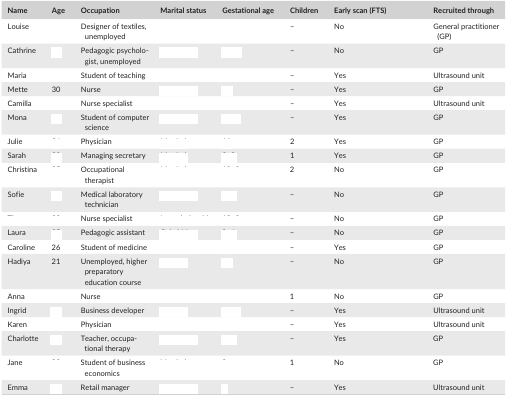
<table><thead><tr><td><b>Name</b></td><td><b>Age</b></td><td><b>Occupation</b></td><td><b>Marital status</b></td><td><b>Gestational age</b></td><td><b>Children</b></td><td><b>Early scan (FTS)</b></td><td><b>Recruited through</b></td></tr></thead><tbody><tr><td>Louise</td><td>[EMPTY_CELL]</td><td>Designer of textiles, unemployed</td><td>[EMPTY_CELL]</td><td>[EMPTY_CELL]</td><td>–</td><td>No</td><td>General practitioner (GP)</td></tr><tr><td>Cathrine</td><td>[EMPTY_CELL]</td><td>Pedagogic psychologist, unemployed</td><td>[EMPTY_CELL]</td><td>[EMPTY_CELL]</td><td>–</td><td>No</td><td>GP</td></tr><tr><td>Maria</td><td>[EMPTY_CELL]</td><td>Student of teaching</td><td>[EMPTY_CELL]</td><td>[EMPTY_CELL]</td><td>–</td><td>Yes</td><td>Ultrasound unit</td></tr><tr><td>Mette</td><td>30</td><td>Nurse</td><td>[EMPTY_CELL]</td><td>[EMPTY_CELL]</td><td>–</td><td>Yes</td><td>GP</td></tr><tr><td>Camilla</td><td>[EMPTY_CELL]</td><td>Nurse specialist</td><td>[EMPTY_CELL]</td><td>[EMPTY_CELL]</td><td>–</td><td>Yes</td><td>Ultrasound unit</td></tr><tr><td>Mona</td><td>[EMPTY_CELL]</td><td>Student of computer science</td><td>[EMPTY_CELL]</td><td>[EMPTY_CELL]</td><td>–</td><td>Yes</td><td>GP</td></tr><tr><td>Julie</td><td>[EMPTY_CELL]</td><td>Physician</td><td>[EMPTY_CELL]</td><td>[EMPTY_CELL]</td><td>2</td><td>Yes</td><td>GP</td></tr><tr><td>Sarah</td><td>[EMPTY_CELL]</td><td>Managing secretary</td><td>[EMPTY_CELL]</td><td>[EMPTY_CELL]</td><td>1</td><td>Yes</td><td>GP</td></tr><tr><td>Christina</td><td>[EMPTY_CELL]</td><td>Occupational therapist</td><td>[EMPTY_CELL]</td><td>[EMPTY_CELL]</td><td>2</td><td>No</td><td>GP</td></tr><tr><td>Sofie</td><td>[EMPTY_CELL]</td><td>Medical laboratory technician</td><td>[EMPTY_CELL]</td><td>[EMPTY_CELL]</td><td>–</td><td>No</td><td>GP</td></tr><tr><td>[EMPTY_CELL]</td><td>[EMPTY_CELL]</td><td>Nurse specialist</td><td>[EMPTY_CELL]</td><td>[EMPTY_CELL]</td><td>–</td><td>No</td><td>GP</td></tr><tr><td>Laura</td><td>[EMPTY_CELL]</td><td>Pedagogic assistant</td><td>[EMPTY_CELL]</td><td>[EMPTY_CELL]</td><td>–</td><td>No</td><td>GP</td></tr><tr><td>Caroline</td><td>26</td><td>Student of medicine</td><td>[EMPTY_CELL]</td><td>[EMPTY_CELL]</td><td>–</td><td>Yes</td><td>GP</td></tr><tr><td>Hadiya</td><td>21</td><td>Unemployed, higher preparatory education course</td><td>[EMPTY_CELL]</td><td>[EMPTY_CELL]</td><td>–</td><td>No</td><td>GP</td></tr><tr><td>Anna</td><td>[EMPTY_CELL]</td><td>Nurse</td><td>[EMPTY_CELL]</td><td>[EMPTY_CELL]</td><td>1</td><td>No</td><td>GP</td></tr><tr><td>Ingrid</td><td>[EMPTY_CELL]</td><td>Business developer</td><td>[EMPTY_CELL]</td><td>[EMPTY_CELL]</td><td>–</td><td>Yes</td><td>Ultrasound unit</td></tr><tr><td>Karen</td><td>[EMPTY_CELL]</td><td>Physician</td><td>[EMPTY_CELL]</td><td>[EMPTY_CELL]</td><td>–</td><td>Yes</td><td>Ultrasound unit</td></tr><tr><td>Charlotte</td><td>[EMPTY_CELL]</td><td>Teacher, occupational therapy</td><td>[EMPTY_CELL]</td><td>[EMPTY_CELL]</td><td>–</td><td>Yes</td><td>GP</td></tr><tr><td>Jane</td><td>[EMPTY_CELL]</td><td>Student of business economics</td><td>[EMPTY_CELL]</td><td>[EMPTY_CELL]</td><td>1</td><td>No</td><td>GP</td></tr><tr><td>Emma</td><td>[EMPTY_CELL]</td><td>Retail manager</td><td>[EMPTY_CELL]</td><td>[EMPTY_CELL]</td><td>–</td><td>Yes</td><td>Ultrasound unit</td></tr></tbody></table>